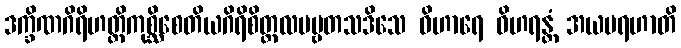
ဒက္ခိဏဂိရိဟတ္ထိကုစ္ဆိစေတိယဂိရိစိတ္တလပဗ္ဗတသဒိသေ ဝိဟာရေ ဝိဟရန္တံ အယမရဟာတိ